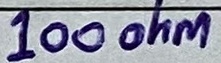
Text: 100ohm